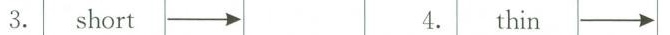
3. short \longrightarrow 4. thin \longrightarrow